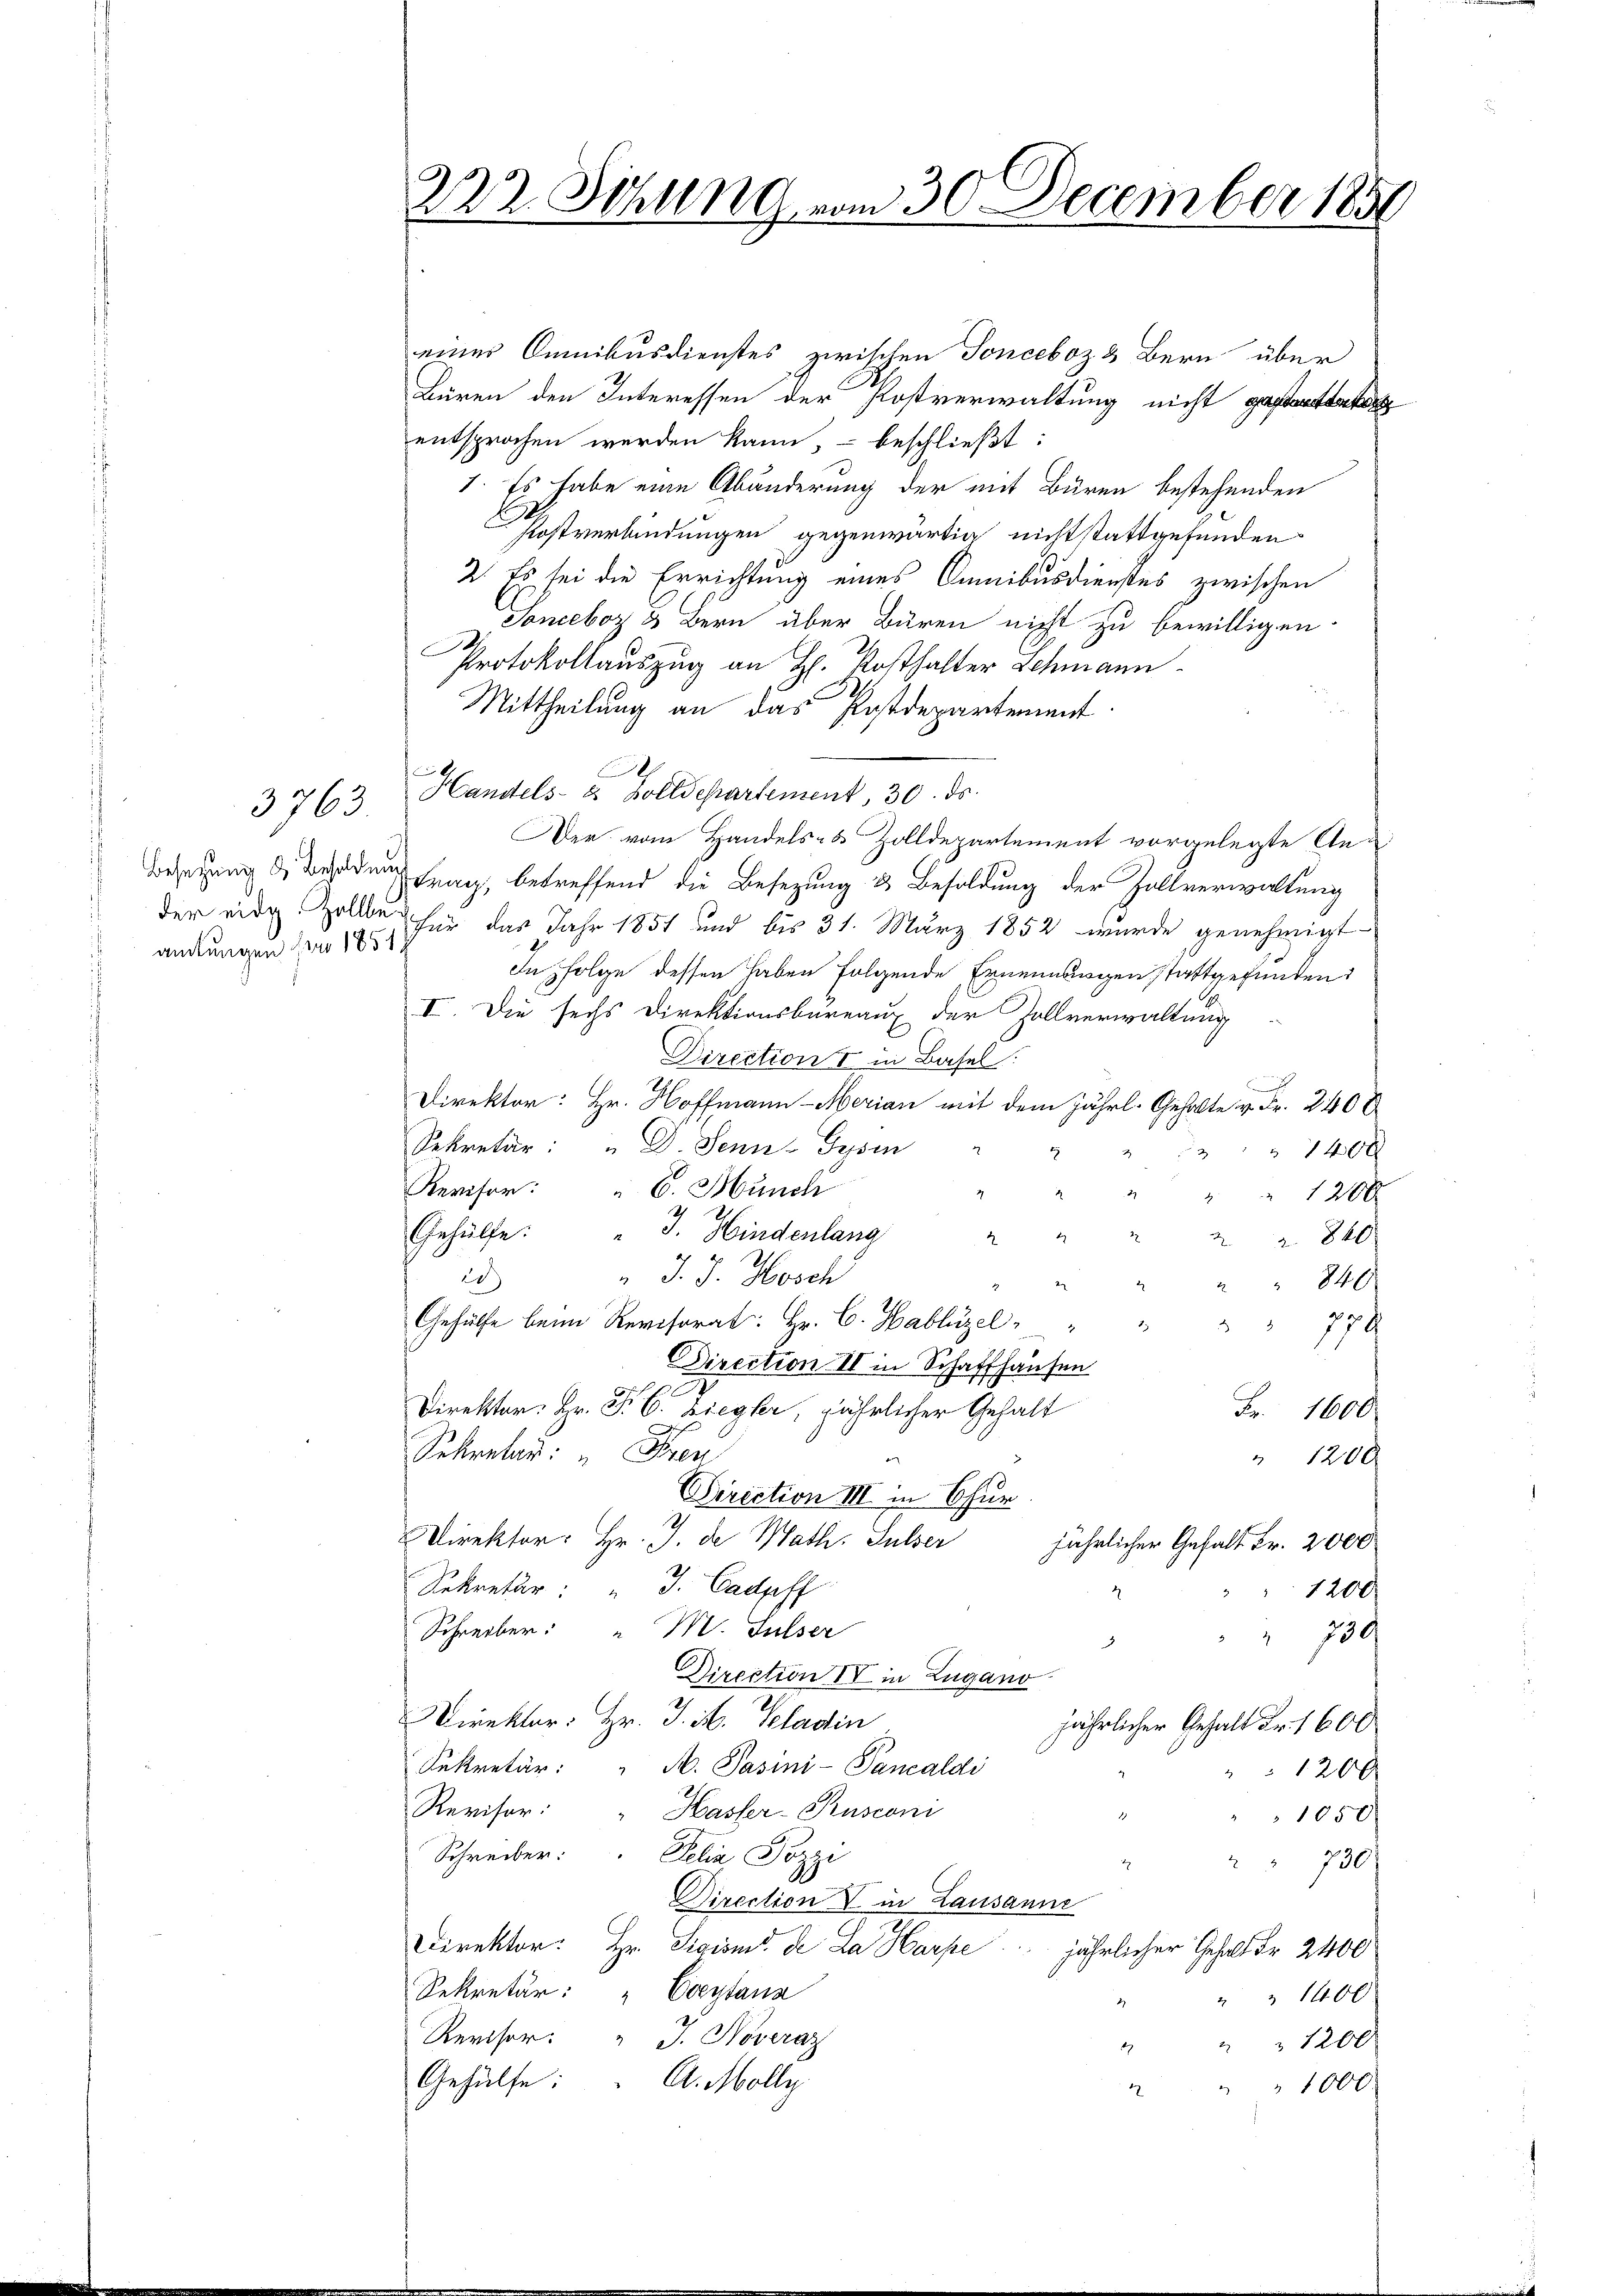
amtungen für 1851.

3763

einer Omnibusdienstes zwischen Tonceboz & Bern über
Büren den Interessen der Postverwaltung nicht gestattet
entsprochen werden kann, – beschließt:
1. Es habe eine Abänderung der mit Büren bestehenden
Postverbindungen gegenwärtig nicht stattgefunden
2. Es sei die Errichtung eines Omnibusdienstes zwischen
Soneboz u Bern über Bären nicht zu bewilligen
Protokollauszug an H. Posthalter Schmann.
Mittheilung an das Postdepartement
x
Handels- & Zolldepartement, 30. ds.
Der vom Handels- & Zolldepartement vorgelegte An¬
Besetzung des Baden Frag, betreffend die Besetzung & Besoldung der Zollverwaltung
der eidg. Zolle für das Jahr 1851 und bis 31. März 1852 wurde genehmigt
In folge dessen haben folgende Ernennungen stattgefunden:
I. Die sechs Direktionsbüreaux der Zollverwaltung
Direction I in Basel
ud un
Direktor: Hr. Hoffmann Merian mit dem jährl. Gehalte v. Fr. 2400
Sekretär: " D. Senn-Gysen
140x
Revisor: " 6. Münch
29
 1200
Gehülfe.
" J. Hindenlang
2 840
 J. J. Hosch
2)
840
Gehülfe beim Revisorat: Hr. C. Hablüzel"
77 x
DDirection II in Schaffhausen
Direktor. Hr. P. C. Ziegler, jährlicher Gehalt
Fr. 1600
Sekreter: Frei
" 1200
Direction III in Chur.
Direktor: Hr. J. de Math. Sulzer
jährlicher Gehalt Fr. 2000
h
Sekretär: " J. Cadpff
1200
Schreiber: " M. Sulser
730
i
Direction IV in Zugano
Direktor: Hr. J. M. Scladin
jährlicher Gehalt dr. 1600
Sekretär: " M. Pasini-Pancaldi
 1200
Revisor: " Hasler-Rusconi
1050.
Schreiber: Delia Pozzi
 730
Direction V in Lausanne
Direktor: Hr. Sigisis de La Harpe jährlicher Gehalt Fr. 2400
Sekretär: Coeytana
  1400
Reviser: " J. Noveraz
 1200
Gehülfe: A. Molly
" " 1000.
1

222. Sitzung vom 30. December 1859